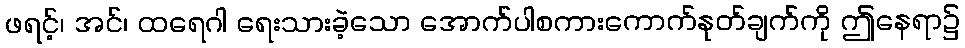
ဖရင့်၊ အင်၊ ထရေဂါ ရေးသားခဲ့သော အောက်ပါစကားကောက်နုတ်ချက်ကို ဤနေရာ၌